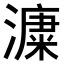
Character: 𣾩